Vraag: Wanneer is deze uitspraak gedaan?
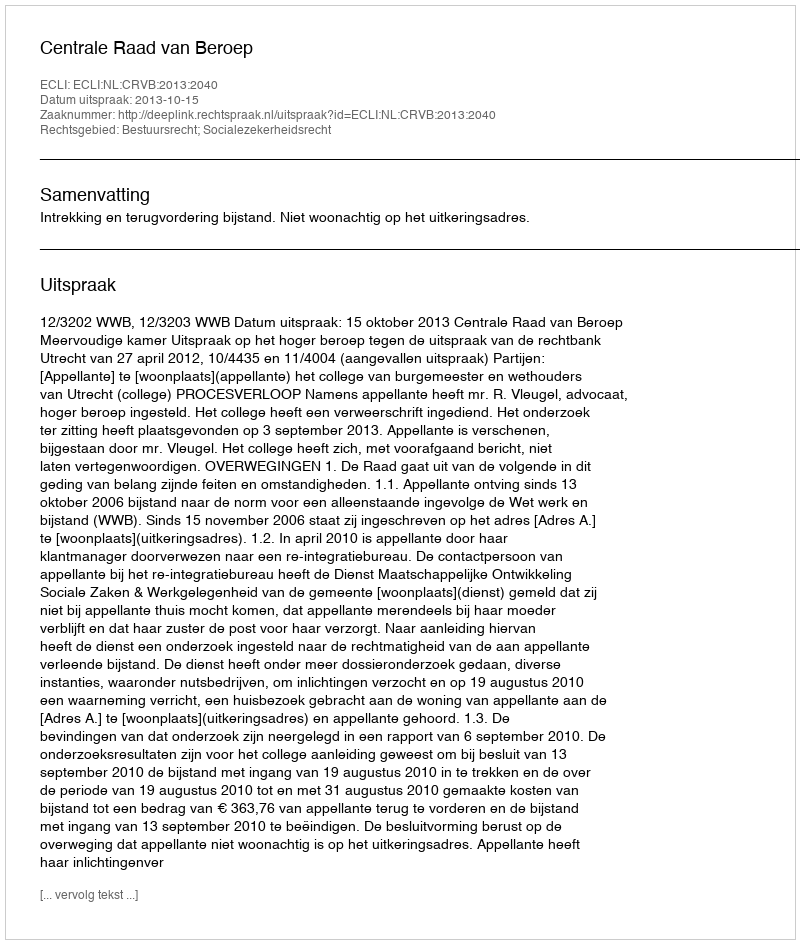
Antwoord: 2013-10-15